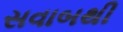
સવાબથી